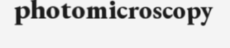
photomicroscopy